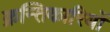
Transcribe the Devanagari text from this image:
क्रन्तिकारियों